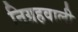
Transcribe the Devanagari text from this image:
निग्रहवाली